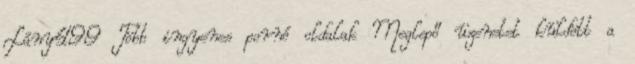
Lány499 Több ingyenes pornó oldalak Meglepő üzenetet küldött a